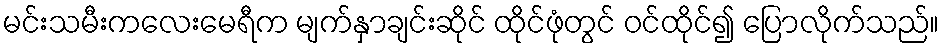
မင်းသမီးကလေးမေရီက မျက်နှာချင်းဆိုင် ထိုင်ဖုံတွင် ဝင်ထိုင်၍ ပြောလိုက်သည်။